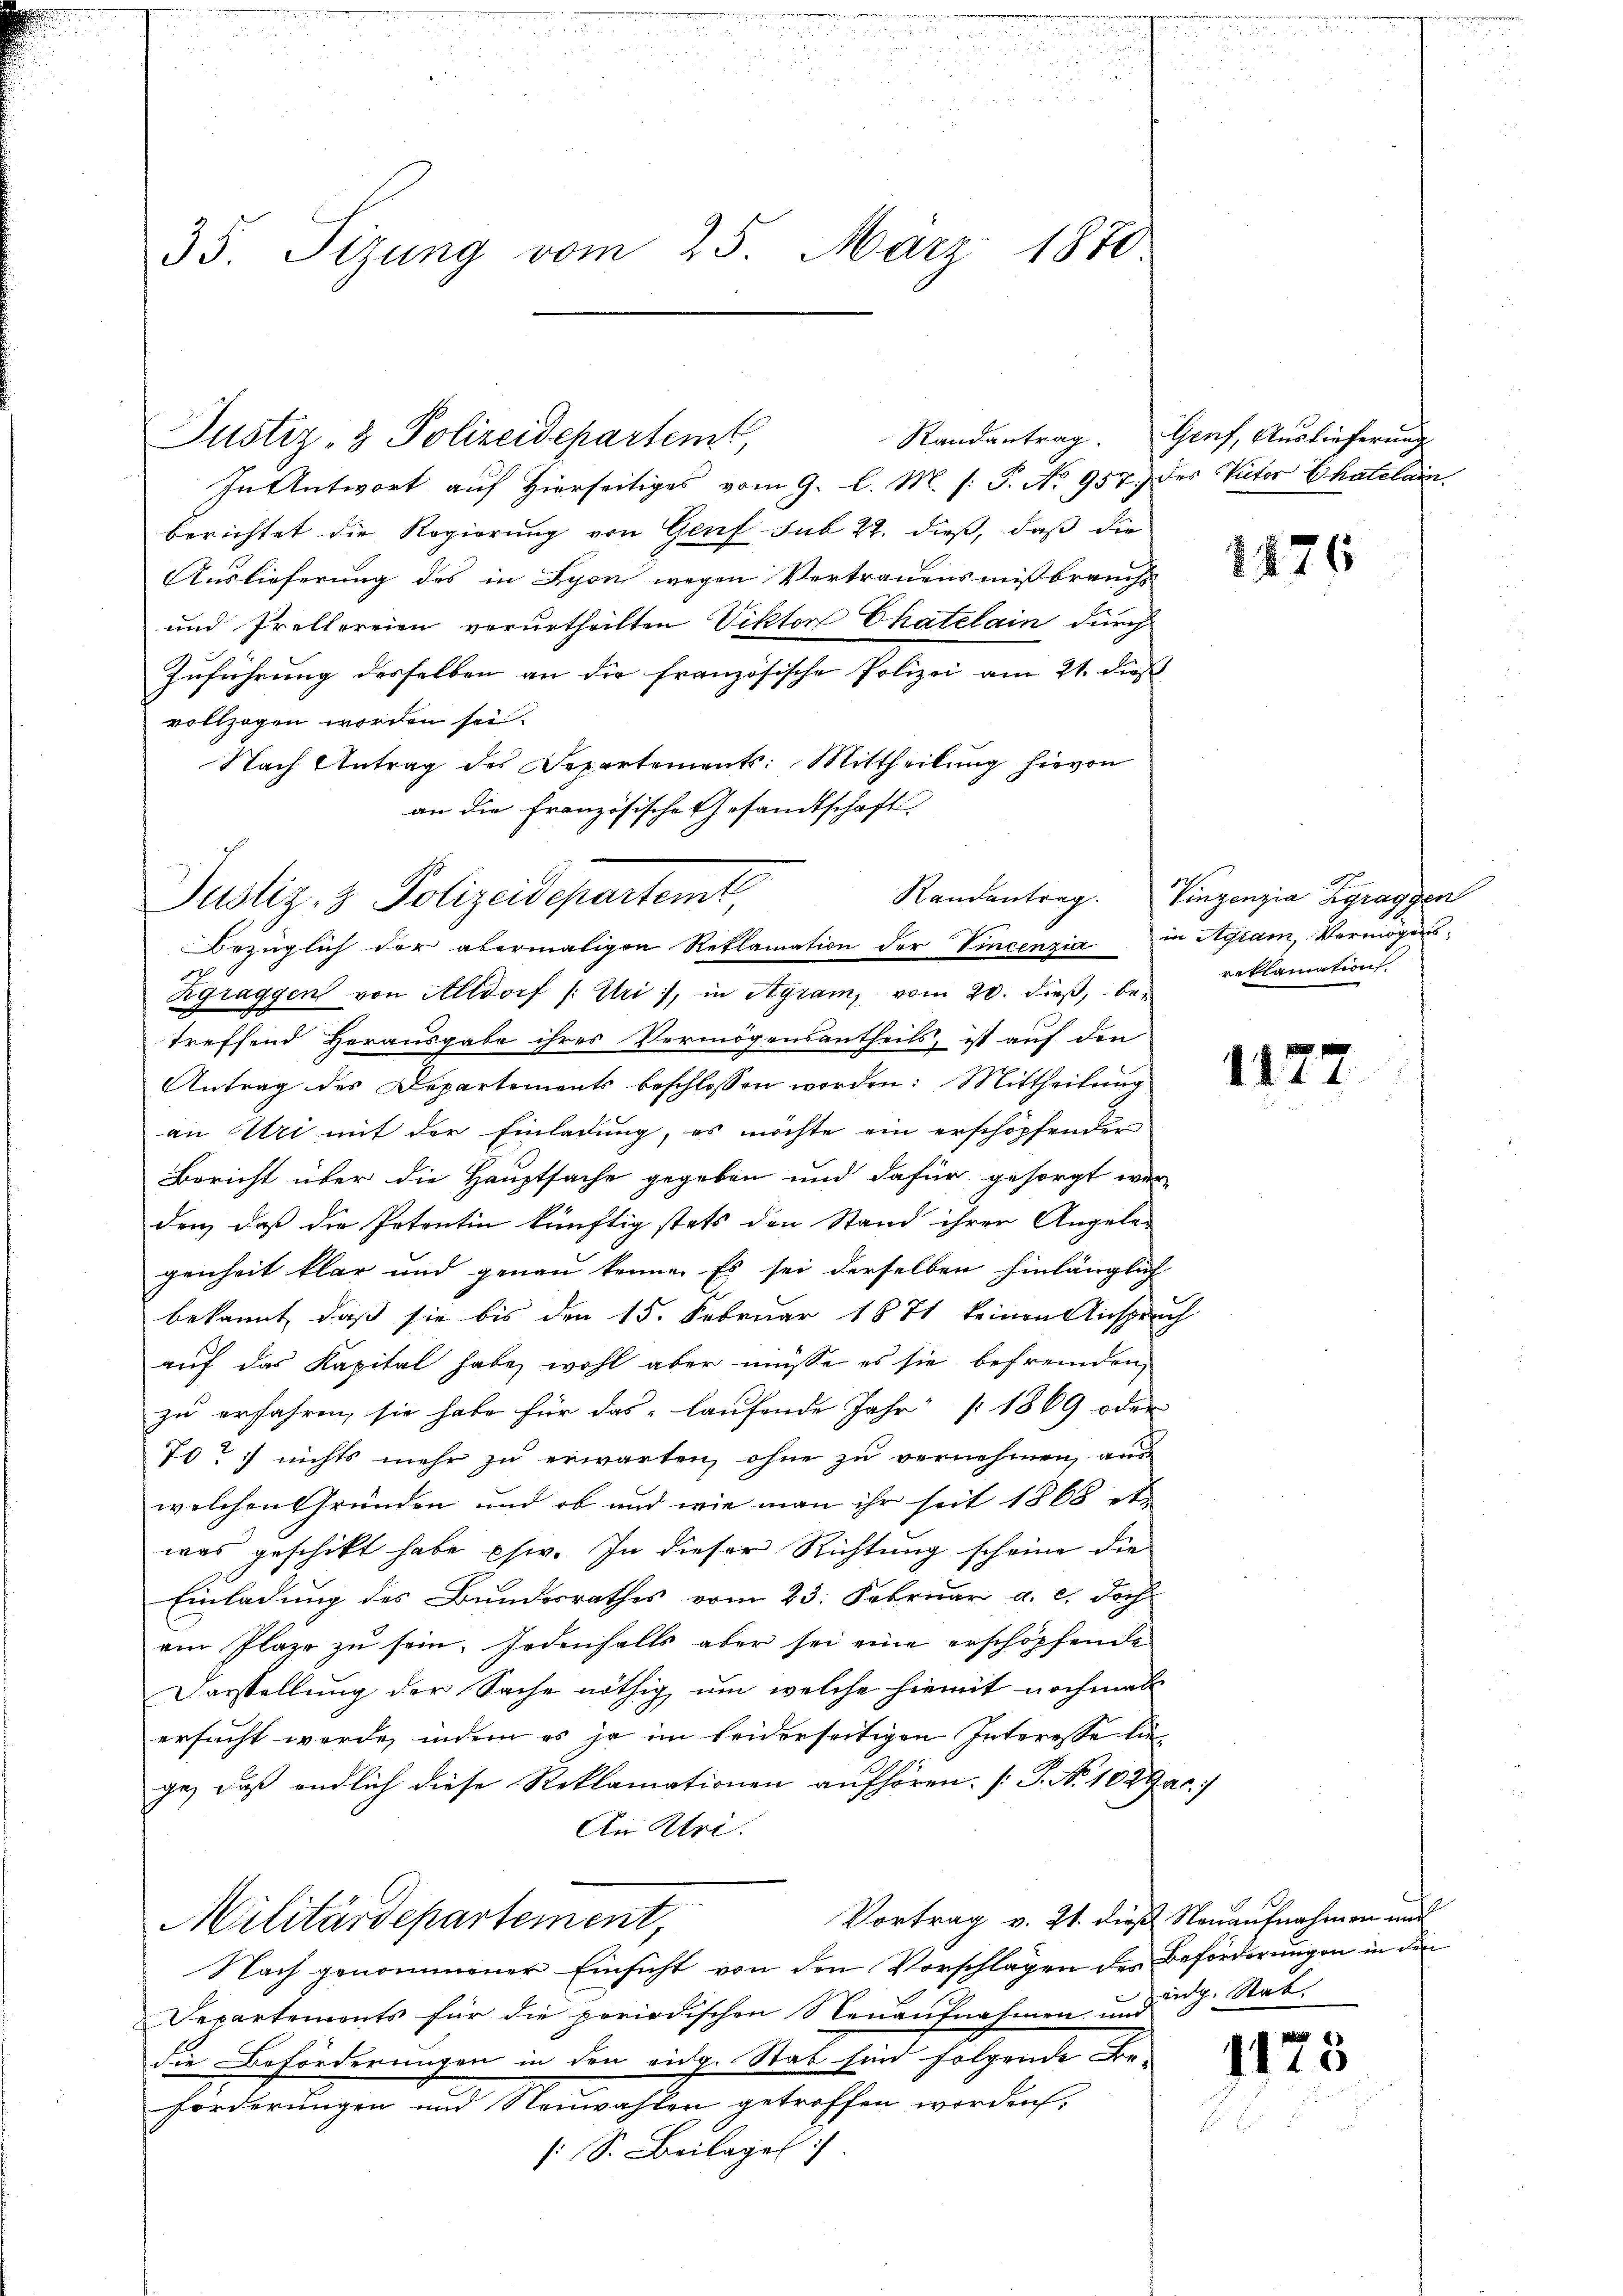
35. Sizung vom 25. März 1870.

Justiz- & Polizeidepartem,
Randantrag.

In Antwort auf Hierseitiges vom 9. l. M. (: P. No 957.) des Victor Chatelain
berichtet die Regierung von Genf sub 22. dieß, daß die
Auslieferung des in Lyon wegen Vertrauensmißbrauchs
und Frellereien verurtheilten Viktor Chatelain durch
Zuführung desselben an die französische Polizei am 21. dieß
vollzogen worden sei.
Nach Antrag des Departements: Mittheilung hievon
an die Französische Gesandtschaft
Zgraggen von Altdorf /: Uri, in Agram, vom 20. dieß, betreffend Herausgabe ihres Vermögensantheils, ist auf den
Antrag des Departements beschlossen worden: Mittheilung
an Uri mit der Einladung, es möchte ein erschöpfender
Bericht über die Hauptsache gegeben und dafür gesorgt wer
den, daß die Petentin künftig stets den Stand ihrer Angele-
genheit klar und genau kenne. Es sei derselben hinlänglich
bekannt, daß sie bis den 15. Februar 1871 keinen Anspruch
auf das Kapital habe, wohl aber müsse es sie befremden,
zu erfahren, sie habe für das laufende Jahr 1869 oder
70 / nichts mehr zu erwarten, ohne zu vernehmen, aus
welchen Gründen und ob und wie man ihr seit 1868 et-
was geschikt habe psi. In dieser Richtung scheine die
Einladung des Bundesrathes vom 23. Februar a. c. doch
von Plaze zu sein. Jedenfalls aber sei eine erschöpfende
Darstellung der Sache nöthig, um welche hiemit nochmal
ersucht werde, indem es ja im beiderseitigen Interesse liege, daß endlich diese Reklamationen aufhören. [S. Nr. 102 Gac
Ain Uri.
Vortrag v. 21. dieß Nauaufnahmen und
Militärdepartement,
Nach genommener Einsicht von den Vorschlagen des Beförderungen in den
Departements für die periodischen Neuaufnahmen in die dh. Stat.
die Beförderungen in den eidg. Stab sind folgende Beforderungen und Neuwahlen getroffen worden,
: S. Beilage

Justiz- & Polizeidepartemt
Bezüglich der abermaligen Reklamation der Vincenzia in Agram, Vermögens¬

Genf, Auslieferung

2876

Randantrag. Vingenzia Zgraggen
reklamation

1177

1175